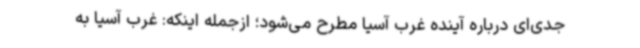
جدی‌ای درباره آینده غرب آسیا مطرح می‌شود؛ ازجمله اینکه: غرب آسیا به